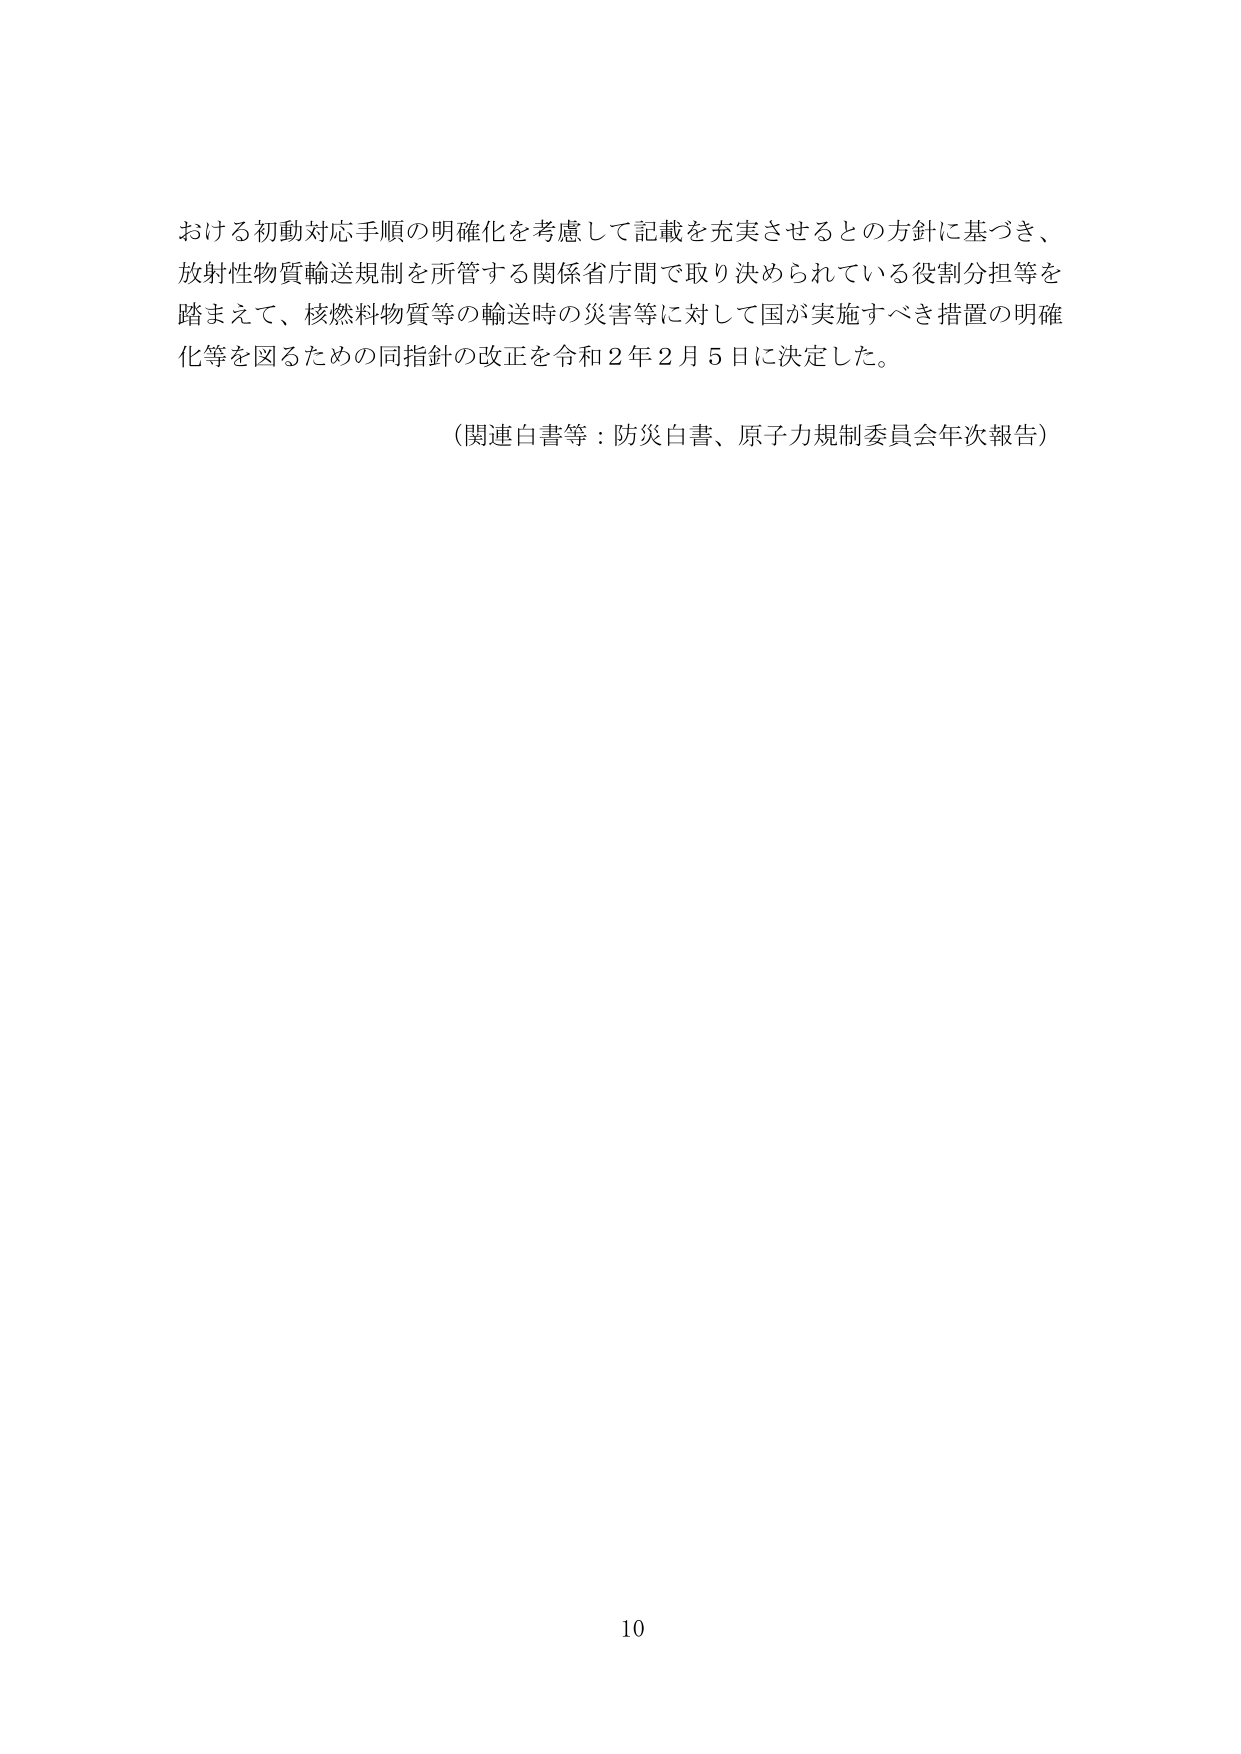
おける初動対応手順の明確化を考慮して記載を充実させるとの方針に基づき、
放射性物質輸送規制を所管する関係省庁間で取り決められている役割分担等を
踏まえて、核燃料物質等の輸送時の災害等に対して国が実施すべき措置の明確
化等を図るための同指針の改正を令和２年２月５日に決定した。

（関連白書等：防災白書、原子力規制委員会年次報告）

10